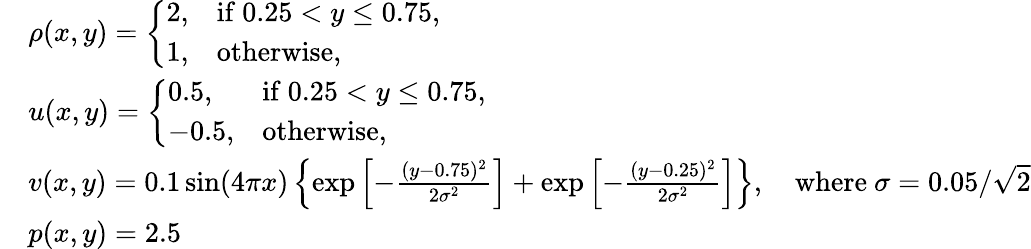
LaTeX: \begin{array}{rl}&{\rho(x,y)=\left\{ \begin{array}{ll}{2,}&{\mathrm{if~}0.25<y\leq 0.75,}\\ {1,}&{\mathrm{otherwise},}\end{array}\right.}\\ &{u(x,y)=\left\{ \begin{array}{ll}{0.5,}&{\mathrm{if~}0.25<y\leq 0.75,}\\ {-0.5,}&{\mathrm{otherwise},}\end{array}\right.}\\ &{v(x,y)=0.1\sin(4\pi x)\left\{ \exp\left[-\frac{(y-0.75)^{2}}{2\sigma^{2}}\right]+\exp\left[-\frac{(y-0.25)^{2}}{2\sigma^{2}}\right]\right\} ,\quad\mathrm{where~}\sigma=0.05/\sqrt{2}}\\ &{p(x,y)=2.5}\end{array}